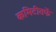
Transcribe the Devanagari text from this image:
कमिटीतर्फे